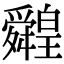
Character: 䑟